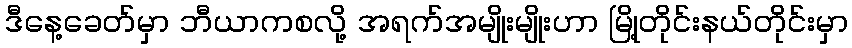
ဒီနေ့ခေတ်မှာ ဘီယာကစလို့ အရက်အမျိုးမျိုးဟာ မြို့တိုင်းနယ်တိုင်းမှာ